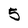
Character: 5